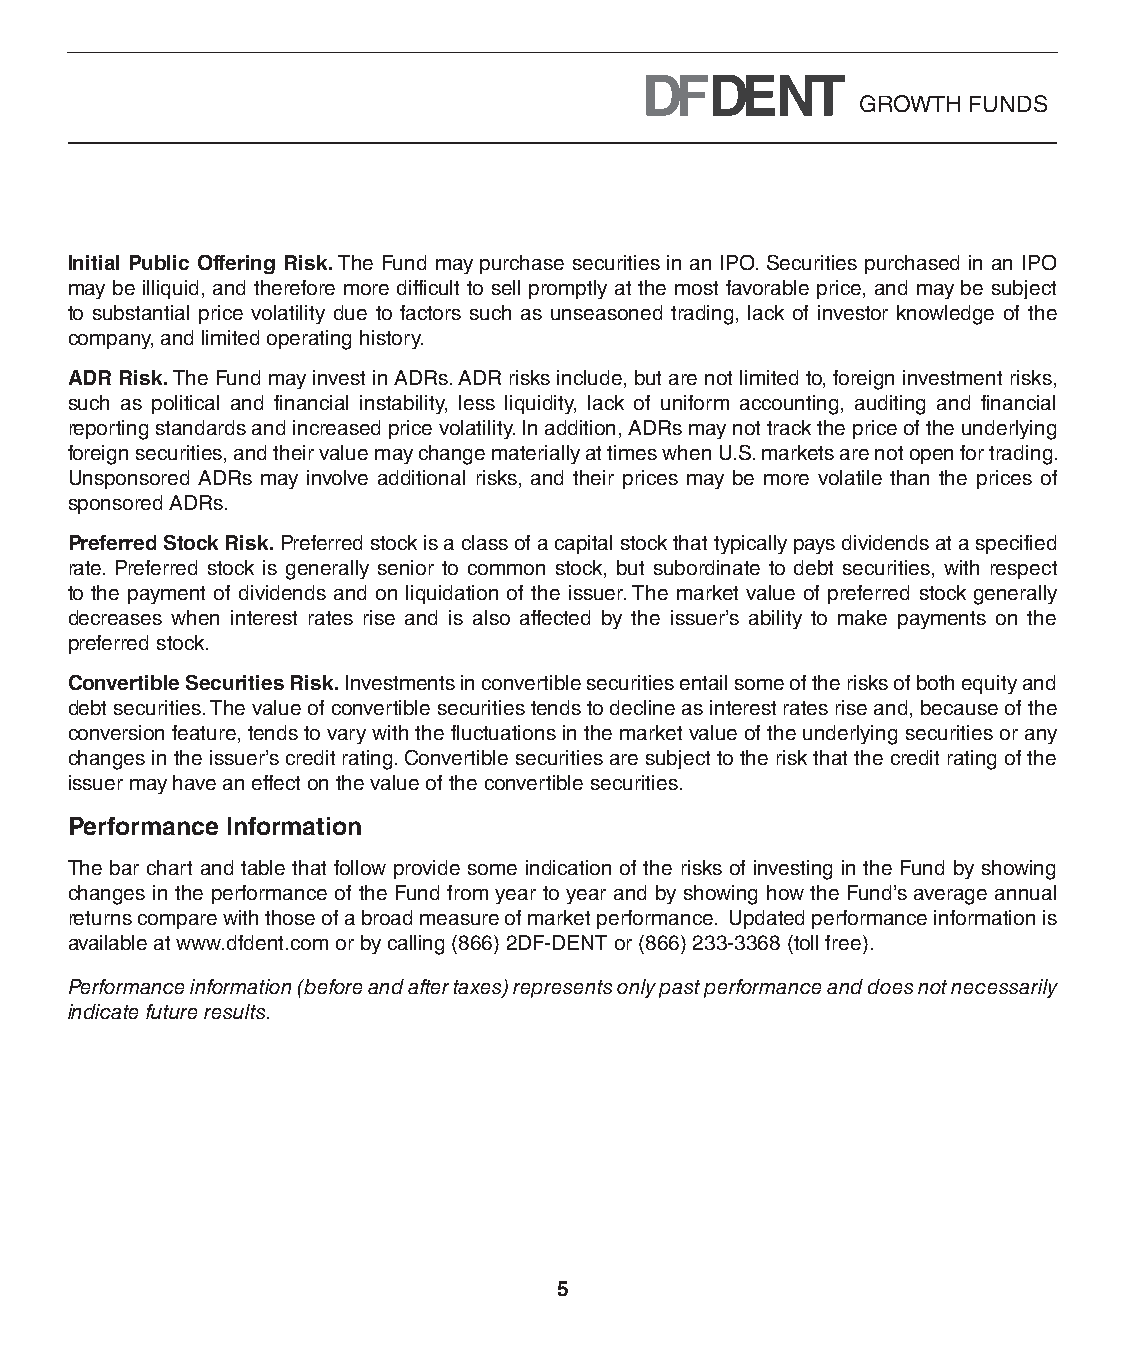
GROWTH FUNDS
 Initial Public Offering Risk. The Fund may purchase securities in an IPO. Securities purchased in an IPO
 may be illiquid, and therefore more difficult to sell promptly at the most favorable price, and may be subject
 to substantial price volatility due to factors such as unseasoned trading, lack of investor knowledge of the
 company, and limited operating history.
 ADR Risk. The Fund may invest in ADRs. ADR risks include, but are not limited to, foreign investment risks,
 such as political and financial instability, less liquidity, lack of uniform accounting, auditing and financial
 reporting standards and increased price volatility. In addition, ADRs may not track the price of the underlying
 foreign securities, and their value may change materially at times when U.S. markets are not open for trading.
 Unsponsored ADRs may involve additional risks, and their prices may be more volatile than the prices of
 sponsored ADRs.
 Preferred Stock Risk. Preferred stock is a class of a capital stock that typically pays dividends at a specified
 rate. Preferred stock is generally senior to common stock, but subordinate to debt securities, with respect
 to the payment of dividends and on liquidation of the issuer. The market value of preferred stock generally
 decreases when interest rates rise and is also affected by the issuer’s ability to make payments on the
 preferred stock.
 Convertible Securities Risk. Investments in convertible securities entail some of the risks of both equity and
 debt securities. The value of convertible securities tends to decline as interest rates rise and, because of the
 conversion feature, tends to vary with the fluctuations in the market value of the underlying securities or any
 changes in the issuer’s credit rating. Convertible securities are subject to the risk that the credit rating of the
 issuer may have an effect on the value of the convertible securities.
 Performance Information
 The bar chart and table that follow provide some indication of the risks of investing in the Fund by showing
 changes in the performance of the Fund from year to year and by showing how the Fund’s average annual
 returns compare with those of a broad measure of market performance. Updated performance information is
 available at www.dfdent.com or by calling (866) 2DF-DENT or (866) 233-3368 (toll free).
 Performance information (before and after taxes) represents only past performance and does not necessarily
 indicate future results.
 5